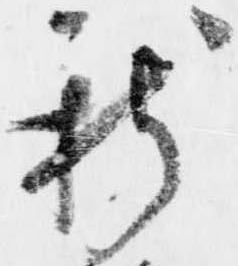
新